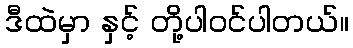
ဒီထဲမှာ နှင့် တို့ပါဝင်ပါတယ်။